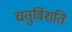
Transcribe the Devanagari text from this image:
चतुर्विशति